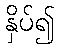
နှိပ်၍